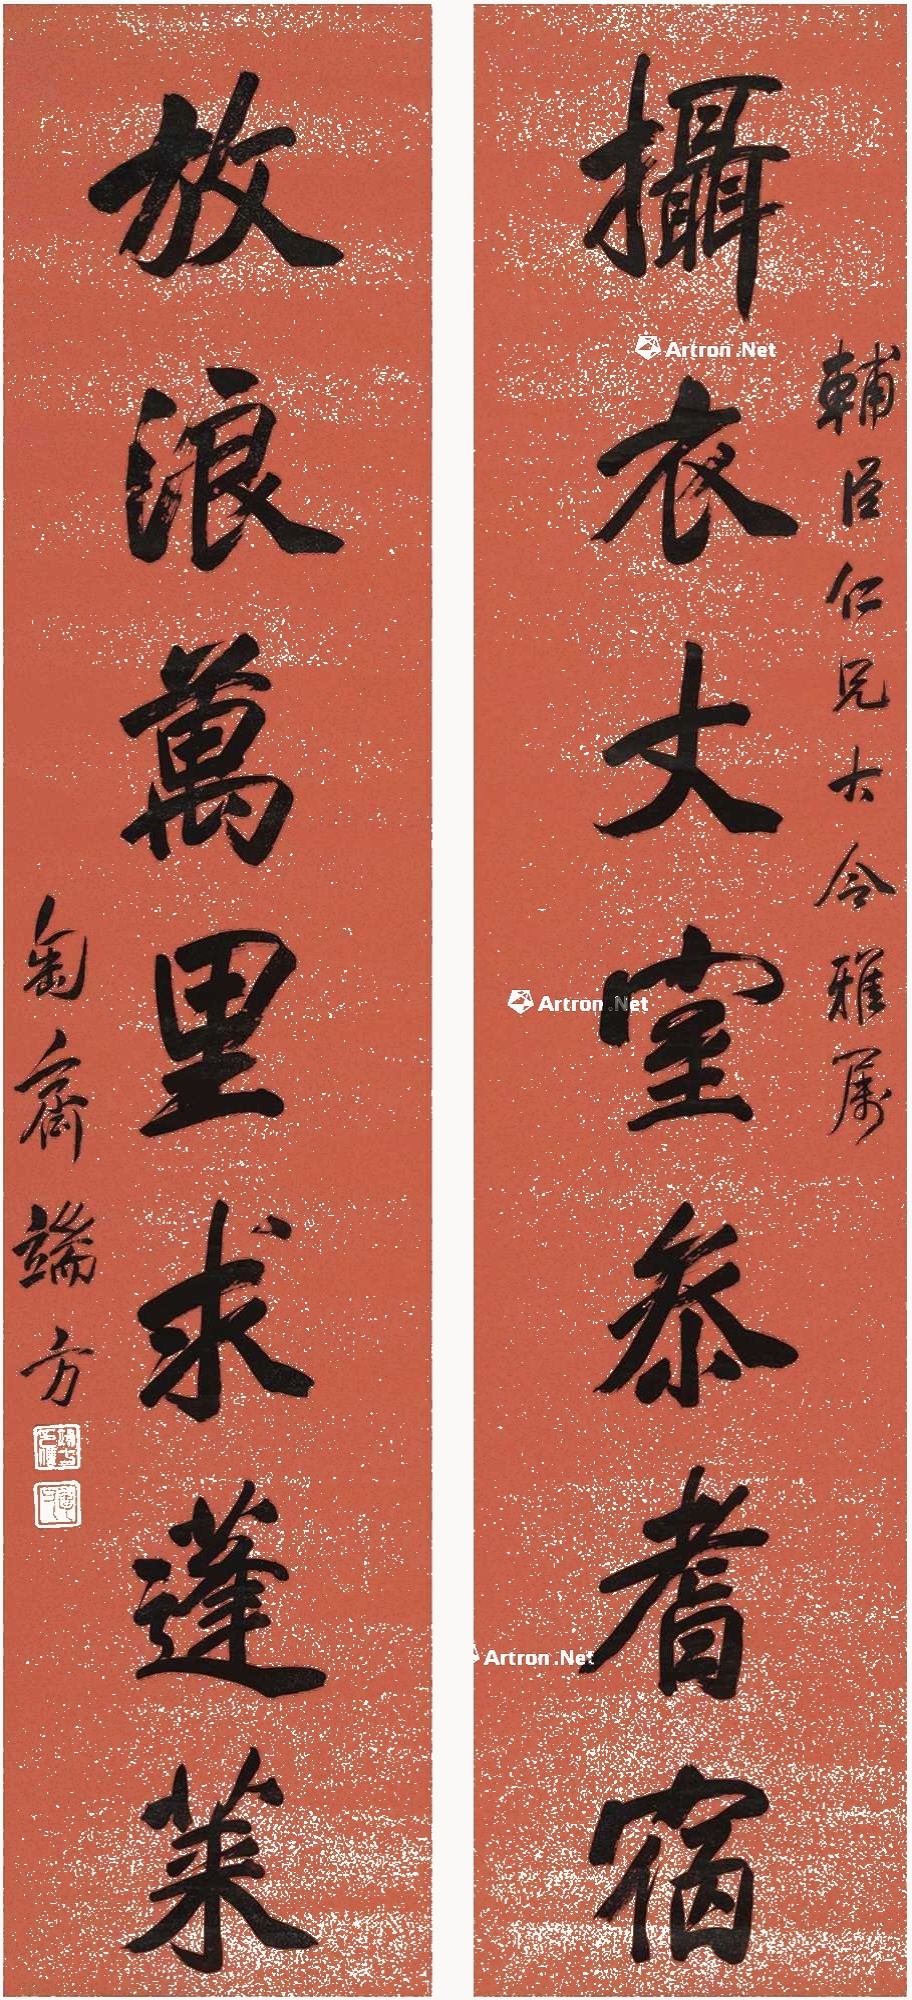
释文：摄衣丈室参耆宿，放浪万里求蓬莱。辅臣仁兄大令雅属，匋斋端方。